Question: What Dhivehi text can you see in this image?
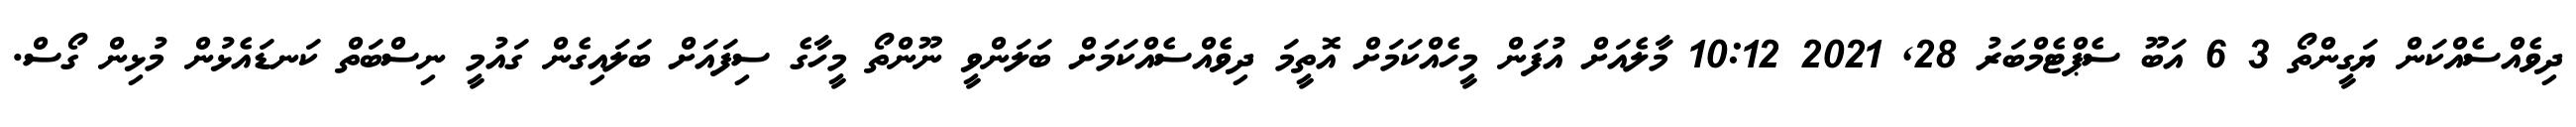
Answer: ދިވެއްސެއްކަން ޔަގީންތޯ 3 6 އަބޫ ސެޕްޓެމްބަރު 28, 2021 10:12 މާލެއަށް އުފަން މީހެއްކަމަށް އޮތީމަ ދިވެއްސެއްކަމަށް ބަލަންވީ ނޫންތޯ މީހާގެ ސިފައަށް ބަލައިގެން ގައުމީ ނިސްބަތް ކަނޑައެޅުން މުޅިން ގޯސް.